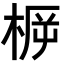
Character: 𣓣